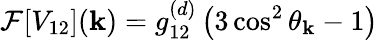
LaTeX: \mathcal{F}[V_{12}](\mathbf{k})=g_{12}^{(d)}\left(3\cos^{2}\theta_{\mathbf{k}}-1\right)